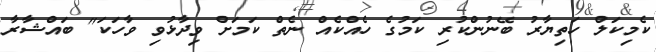
ކެމިކަލް ހަތިޔާރު ބޭނުންކުރި ކަމުގެ ހެއްކެއް ނެތް ކަމަށް ވިދާޅުވި ވާހަކަ" ބައްޝާރާ